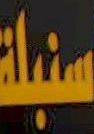
سنبلة